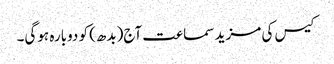
کیس کی مزید سماعت آج(بدھ) کو دوبارہ ہوگی۔